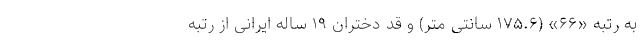
به رتبه «۶۶» (۱۷۵.۶ سانتی متر) و قد دختران ۱۹ ساله ایرانی از رتبه